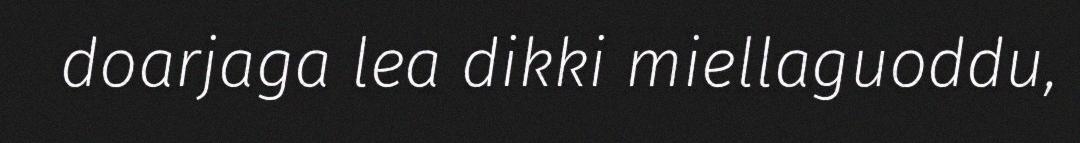
doarjaga lea dikki miellaguoddu,